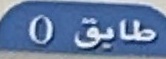
طايق0